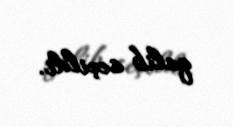
qalib seçildi.